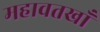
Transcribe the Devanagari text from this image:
महावतखाँ